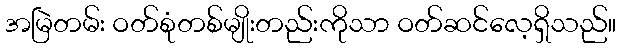
အမြဲတမ်း ဝတ်စုံတစ်မျိုးတည်းကိုသာ ဝတ်ဆင်လေ့ရှိသည်။